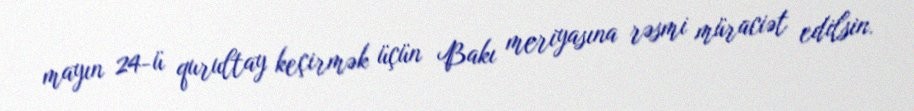
mayın 24-ü qurultay keçirmək üçün Bakı meriyasına rəsmi müraciət edilsin.